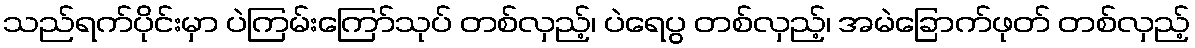
သည်ရက်ပိုင်းမှာ ပဲကြမ်းကြော်သုပ် တစ်လှည့်၊ ပဲရေပွ တစ်လှည့်၊ အမဲခြောက်ဖုတ် တစ်လှည့်